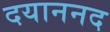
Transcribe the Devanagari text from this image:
दयाननद